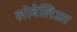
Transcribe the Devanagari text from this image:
लोबेलिआ